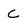
Character: C